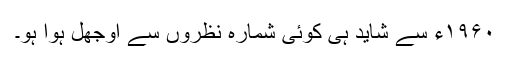
۱۹۶۰ء سے شاید ہی کوئی شمارہ نظروں سے اوجھل ہوا ہو۔